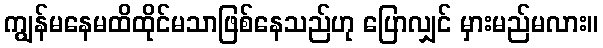
ကျွန်မနေမထိထိုင်မသာဖြစ်နေသည်ဟု ပြောလျှင် မှားမည်မလား။